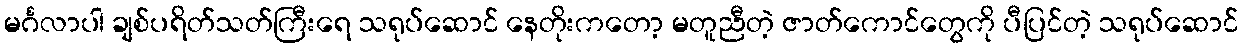
မင်္ဂလာပါ ချစ်ပရိတ်သတ်ကြီးရေ သရုပ်ဆောင် နေတိုးကတော့ မတူညီတဲ့ ဇာတ်ကောင်တွေကို ပီပြင်တဲ့ သရုပ်ဆောင်